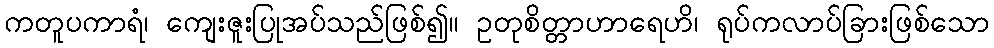
ကတူပကာရံ၊ ကျေးဇူးပြုအပ်သည်ဖြစ်၍။ ဥတုစိတ္တာဟာရေဟိ၊ ရုပ်ကလာပ်ခြားဖြစ်သော